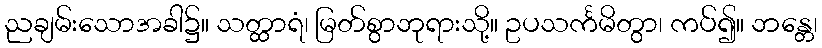
ညချမ်းသောအခါ၌။ သတ္ထာရံ၊ မြတ်စွာဘုရားသို့။ ဥပသင်္ကမိတွာ၊ ကပ်၍။ ဘန္တေ၊